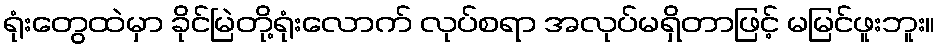
ရုံးတွေထဲမှာ ခိုင်မြဲတို့ရုံးလောက် လုပ်စရာ အလုပ်မရှိတာဖြင့် မမြင်ဖူးဘူး။